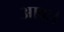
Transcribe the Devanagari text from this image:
आवः।